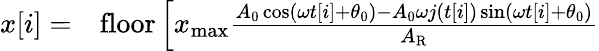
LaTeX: \begin{array}{rl}{x[i]=}&{{}\mathrm{floor}\left[x_{\mathrm{max}}\frac{A_{0}\cos(\omega t[i]+\theta_{0})-A_{0}\omega j(t[i])\sin(\omega t[i]+\theta_{0})}{A_{\mathrm{R}}}\right.}\end{array}